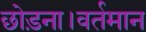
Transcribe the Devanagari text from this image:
छोड़ना।वर्तमान